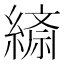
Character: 𦄴